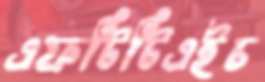
এফটিটিএইচ